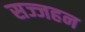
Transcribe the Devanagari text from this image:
सज्जहन